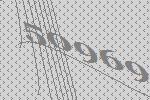
50969